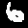
Label: 6